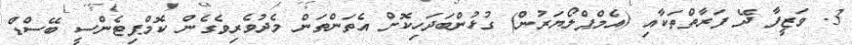
3. ވަޒީފާ ދޭ ފަރާތްތަކާއި (އެމްޕްލޯޔަރުން) ގުޅުންބަދަހިކޮށް އެތަންތަން މެދުވެރިވެގެން ކޮމްޕިޓެންސީ ބޭސްޑް